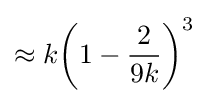
\approx k{\bigg (}1-{\frac {2}{9k}}{\bigg )}^{3}\;